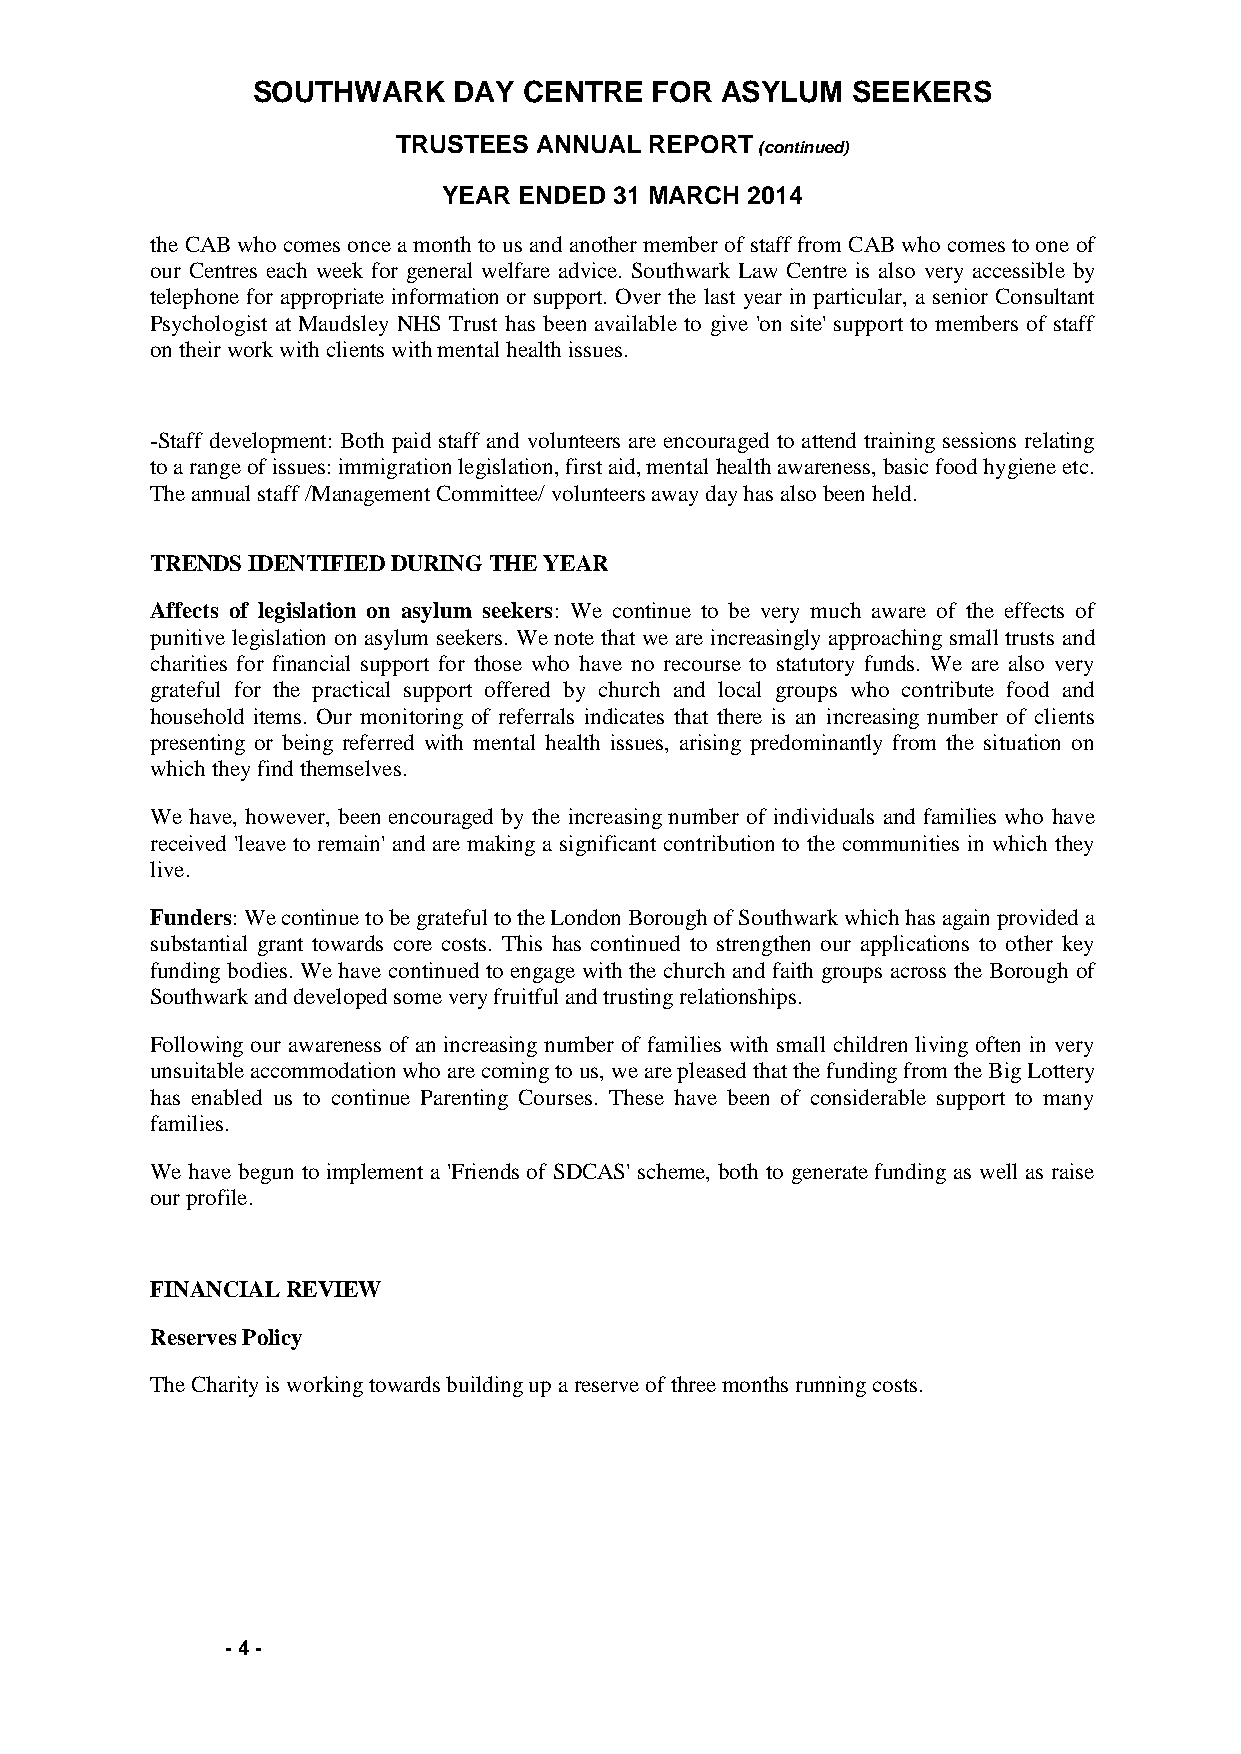
SOUTHWARK    DAY  CENTRE  FOR  ASYLUM  SEEKERS
 TRUSTEES  ANNUAL REPORT
 (continued)
 YEAR ENDED  31 MARCH 2014
 the CAB who comes once a month to us and another member of staff from CAB who comes to one of
 our Centres each week for general welfare advice. Southwark Law Centre is also very accessible by
 telephone for appropriate information or support. Over the last year in particular, a senior Consultant
 Psychologist at Maudsley NHS Trust has been available to give 'on site' support to members of staff
 on their work with clients with mental health issues.
 -Staff development: Both paid staff and volunteers are encouraged to attend training sessions relating
 to a range of issues: immigration legislation, first aid, mental health awareness, basic food hygiene etc.
 The annual staff /Management Committee/ volunteers away day has also been held.
 TRENDS IDENTIFIED DURING THE YEAR
 Affects of legislation on asylum seekers: We continue to be very much aware of the effects of
 punitive legislation on asylum seekers. We note that we are increasingly approaching small trusts and
 charities for financial support for those who have no recourse to statutory funds. We are also very
 grateful for the practical support offered by church and local groups who contribute food and
 household items. Our monitoring of referrals indicates that there is an increasing number of clients
 presenting or being referred with mental health issues, arising predominantly from the situation on
 which they find themselves.
 We have, however, been encouraged by the increasing number of individuals and families who have
 received 'leave to remain' and are making a significant contribution to the communities in which they
 live.
 Funders: We continue to be grateful to the London Borough of Southwark which has again provided a
 substantial grant towards core costs. This has continued to strengthen our applications to other key
 funding bodies. We have continued to engage with the church and faith groups across the Borough of
 Southwark and developed some very fruitful and trusting relationships.
 Following our awareness of an increasing number of families with small children living often in very
 unsuitable accommodation who are coming to us, we are pleased that the funding from the Big Lottery
 has enabled us to continue Parenting Courses. These have been of considerable support to many
 families.
 We have begun to implement a 'Friends of SDCAS' scheme, both to generate funding as well as raise
 our profile.
 FINANCIAL REVIEW
 Reserves Policy
 The Charity is working towards building up a reserve of three months running costs.
 - 4 -